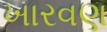
ખારવણ